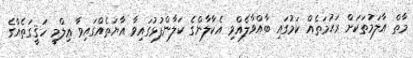
މާތް އާލަމުތަކަށް ރަޙުމަތެއް ކަމުގައި ބާއްވާލެއްވި އެކާލާންގެ ކަލާންފުޅުގައިވާ އާޔަތެއްގައިވާ ޢިލްމީ ހަޤީގަތެއްގެ